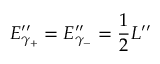
E _ { \gamma _ { + } } ^ { \prime \prime } = E _ { \gamma _ { - } } ^ { \prime \prime } = { \frac { 1 } { 2 } } L ^ { \prime \prime }